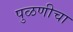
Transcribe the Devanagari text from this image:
पुळणीचा